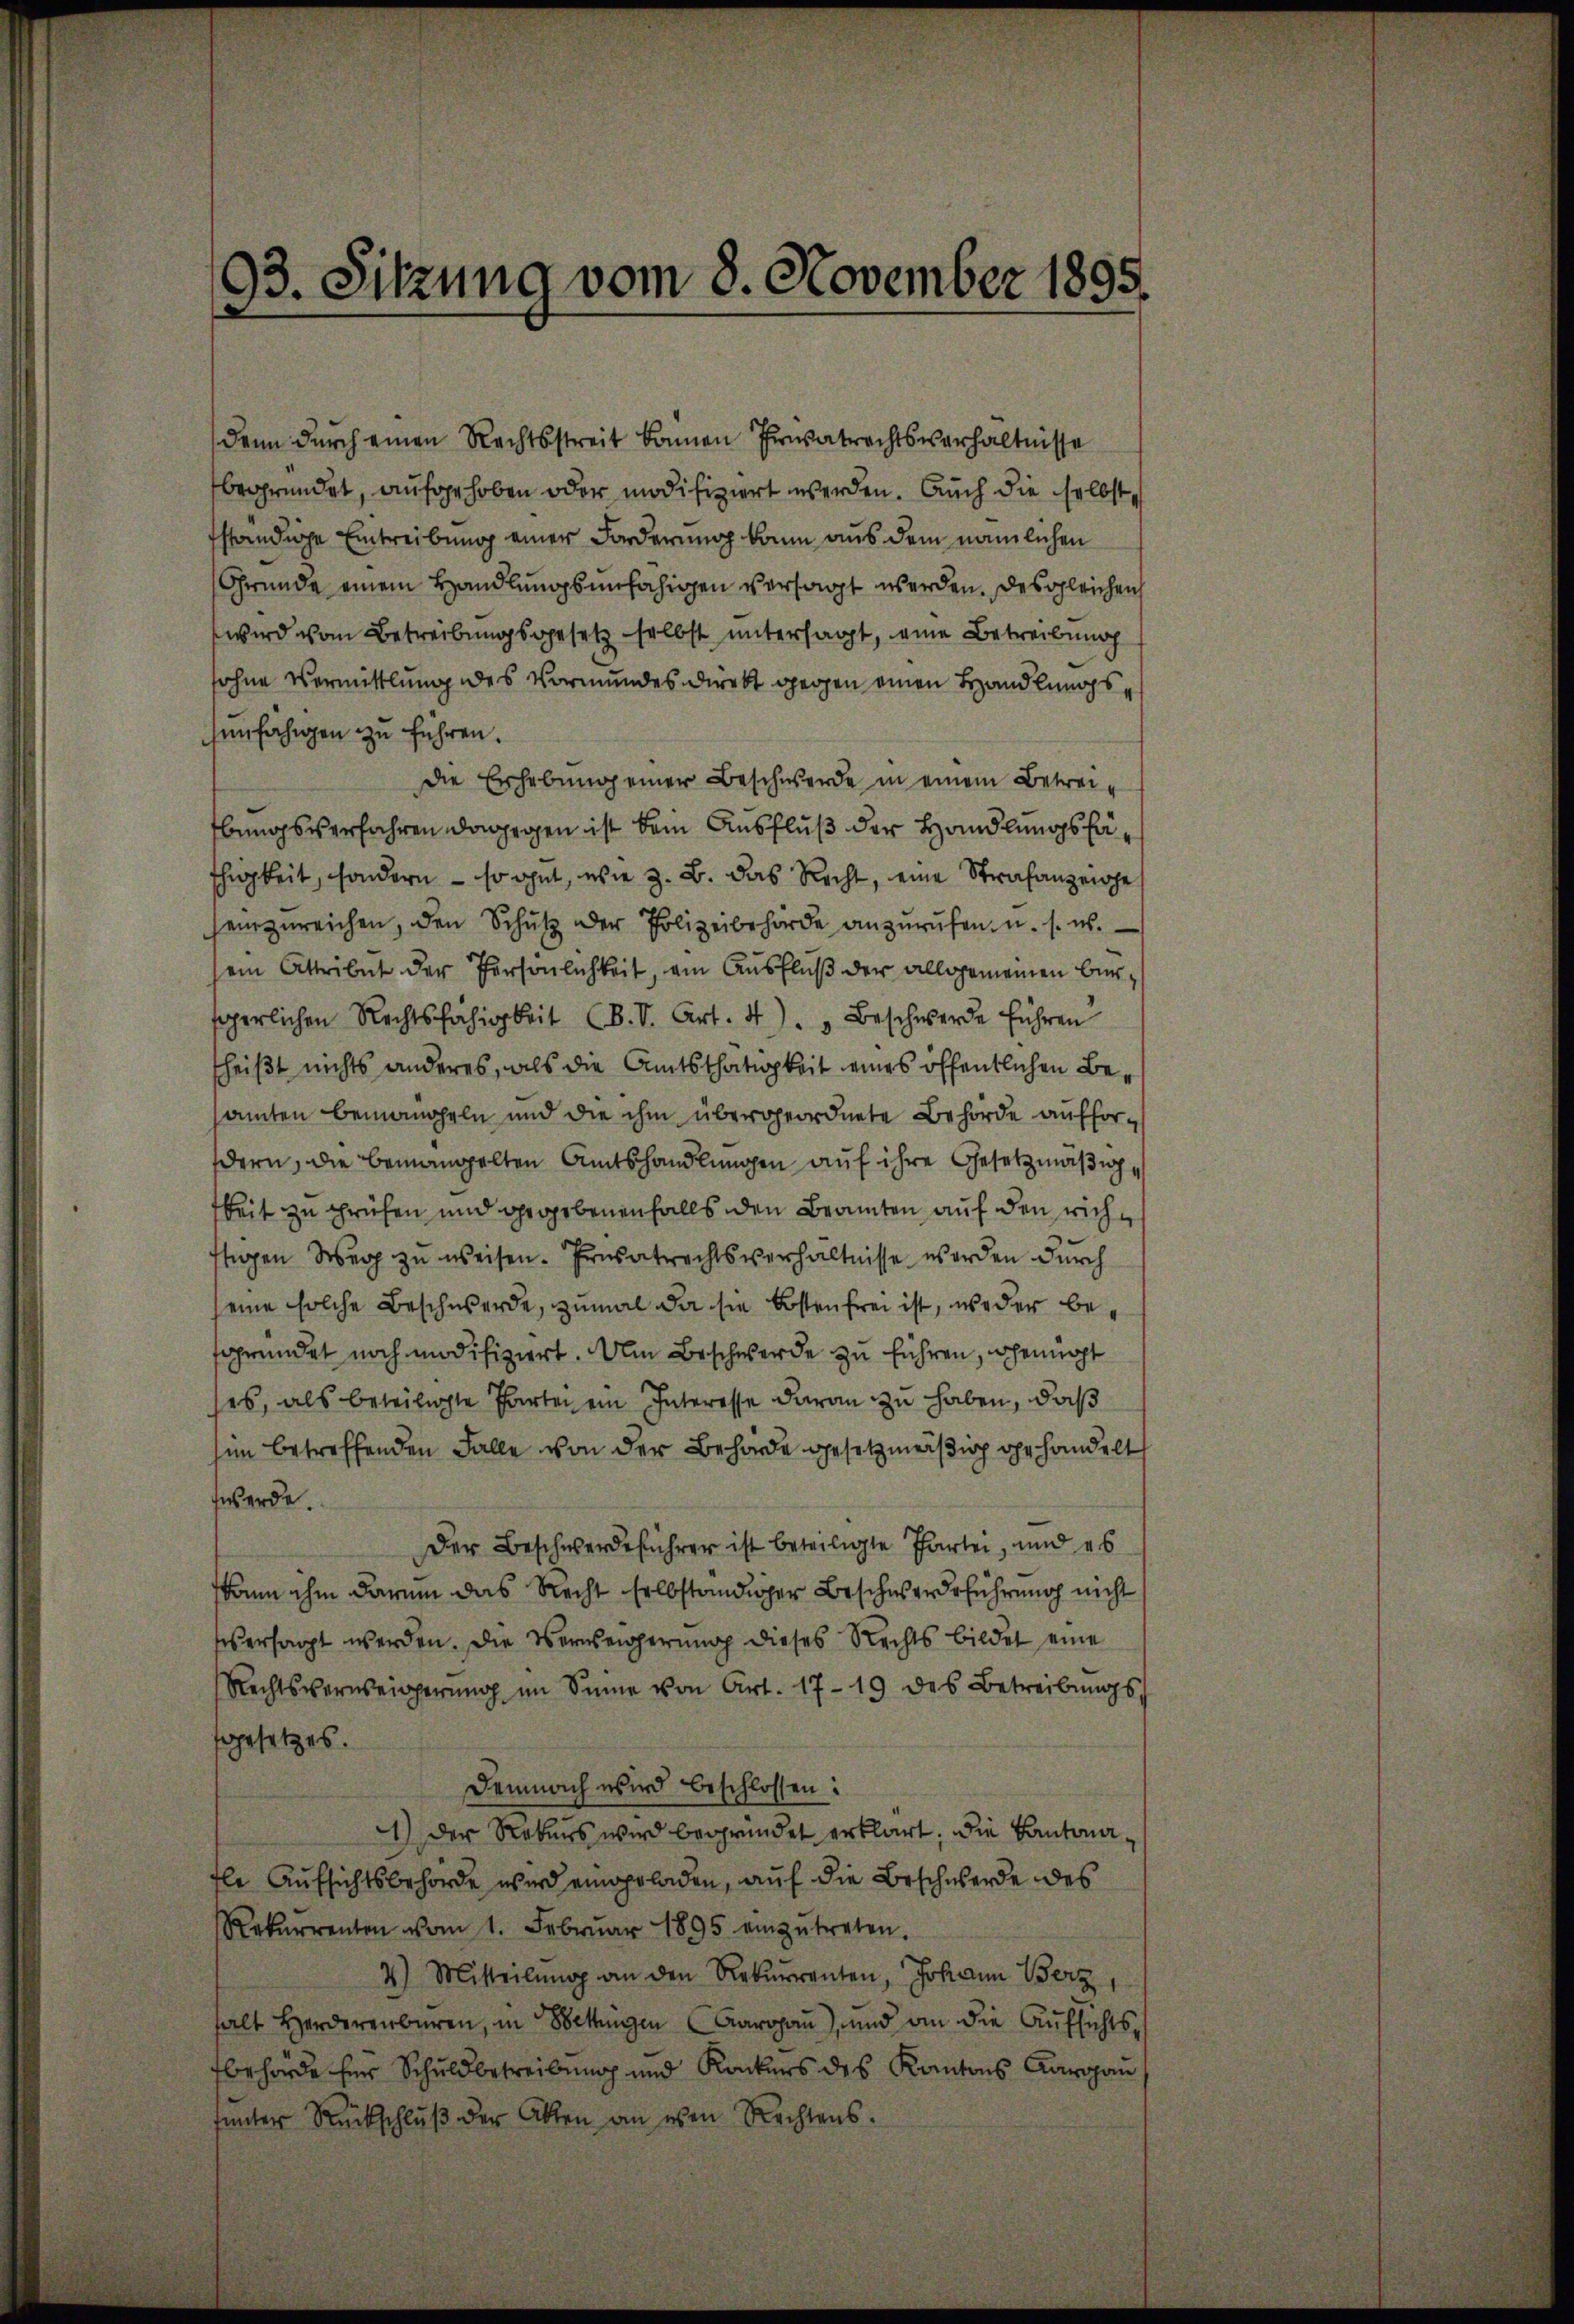
denn durch einen Rechtsstreit können Privatrechtsverhältnisse
begründet, aufgehoben oder modifiziert werden. Auch die selbst
fständige Eintreibung einer Forderung kann aus dem nämlichen
Gründe einem Handlungsunfähigen versagt werden. Desgleichen
wird vom Betreibungsgesetz selbst untersagt, eine Betreibung
sohne Vermittlung des Vormundes direkt gegen einen Handlungssunfähigen zu führen.
die Erhebung einer Beschwerde in einem Betreibungsverfahren dagegen ist kein Ausfluß der Handlungsfäfhigkeit, sondern - so gut, wie z. B. das Recht, eine Strafanzeiche
einzureichen, den Schŭtz der Polizeibehörde anzurufen u. s. w.
sein Attribut der Persönlichkeit, ein Ausfluß der allgemeinen bürsperlichen Rechtsfahigkeit (B.V. Art. 4). Beschwerde führen
theißt nichts anderes, als die Amtsthätigkeit eines öffentlichen Besamten bemancheln und die ihm übergeordnete Behörde auffordern, die bemamppelten Amtshandlungen auf ihre Gesetzmäßigkeit zu prüfen und gegebenenfalls den Beamten auf den richftigen Weg zu weisen. Privatrechtsverhältnisse werden durch
seine solche Beschwerde, zumal da sie kosten frei ist, weder besgründet noch modifiziert. Um Beschwerde zu führen, wenigst
ses, als beteiligte Parten ein Interesse daran zu haben, daß
hin betreffenden Falle von der Behörde gesetzmäßig gehandelt
werde.
Der Beschwerdeführer ist beteiligte Partei, und es
kaum ihm darum das Recht selbständiger Beschwerdeführung nicht
sersagt werden. Die Verweigerung dieses Rechts bildet eine
Rechtsverweigerŭng im Sinne von Art. 1719 des Betreibŭngs-
sgesetzes.
Demnach wird beschlossen:
4) Der Rekurs wird begründet erklärt, die Kantonafle Aufsichtsbehörde wird eingeladen, auf die Beschwerde des
Rekurrenten vom 1. Febrŭar 1895 einzŭtreten.
2) Mitteilŭng an den Rekurrenten, Johann Berz
halt Herderenbüren, in Bettungen (Aargau), und an die Aufsichtsbehörde für Schuldbetreibung und Konkurs des Kantons Aargau
funter Rückschluß der Akten an esen Rechtens.

93. Sitzung vom 8. November 1895.